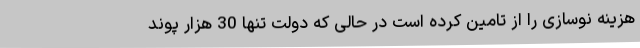
هزینه نوسازی را از تامین کرده است در حالی که دولت تنها 30 هزار پوند